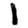
Digit: 1